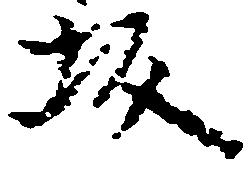
坂